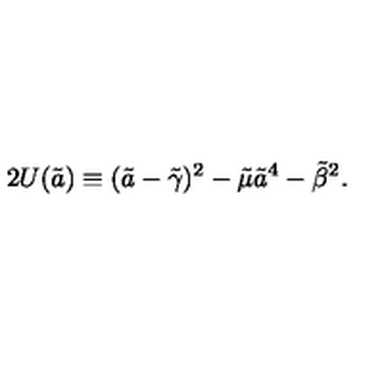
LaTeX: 2 U ( \tilde { a } ) \equiv ( \tilde { a } - { \tilde { \gamma } } ) ^ { 2 } - \tilde { \mu } { \tilde { a } } ^ { 4 } - { \tilde { \beta } } ^ { 2 } .